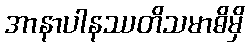
အာနာပါနဿတိသမာဓိမှိ